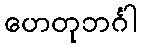
ဟေတုဘင်္ဂါ